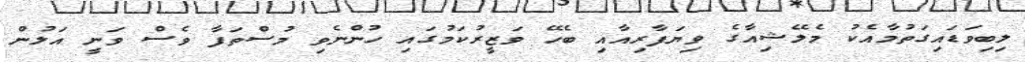
ލިބިވަޑައިގަތުމާއެކު މެލޭޝިއާގެ ވިޔަފާރިއާއި ބެހޭ ވަޒީރުކަމުގައި ހުންނެވި މުސްތަފާ ވެސް ވަނީ އަލުން